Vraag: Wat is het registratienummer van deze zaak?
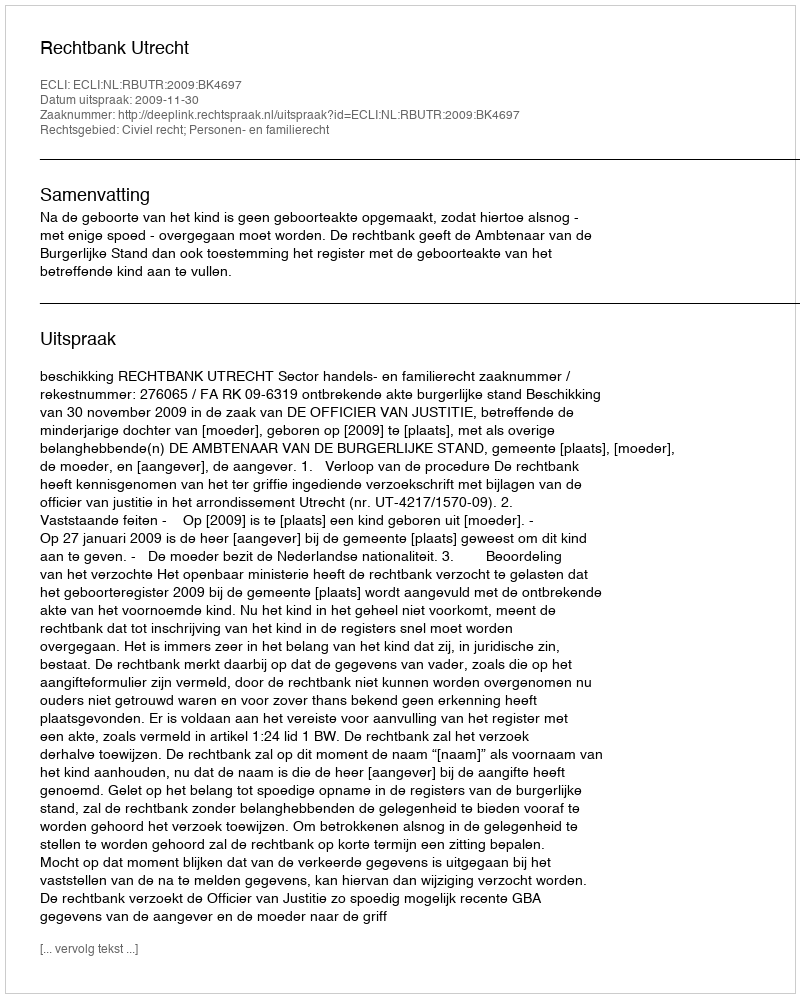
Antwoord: http://deeplink.rechtspraak.nl/uitspraak?id=ECLI:NL:RBUTR:2009:BK4697